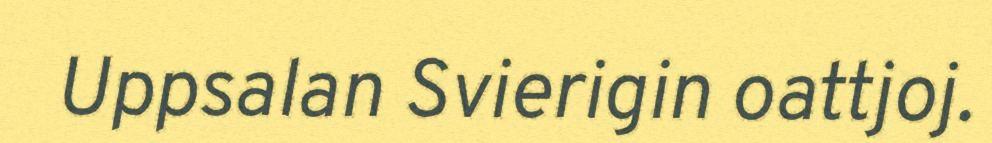
Uppsalan Svierigin oattjoj.